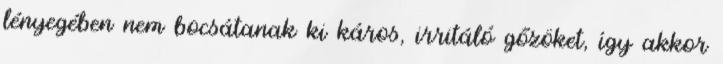
lényegében nem bocsátanak ki káros, irritáló gőzöket, így akkor